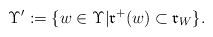
LaTeX: \begin{align*} \Upsilon^\prime:= \{ w \in \Upsilon \vert \mathfrak{r}^+(w) \subset \mathfrak{r}_W \}.\end{align*}